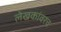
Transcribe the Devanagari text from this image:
लेखकांवरच